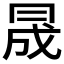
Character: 𠕠